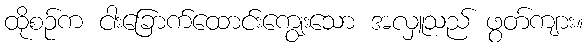
ထိုစဉ်က ငါးခြောက်ထောင်းကျွေးသော အလှူသည် ဖွတ်ကျား။